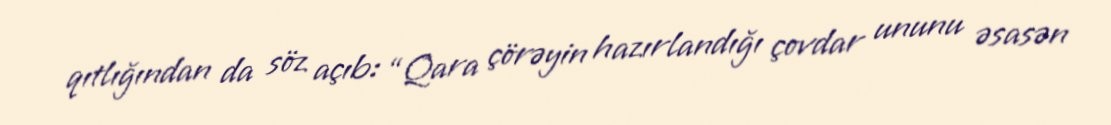
qıtlığından da söz açıb: “Qara çörəyin hazırlandığı çovdar ununu əsasən